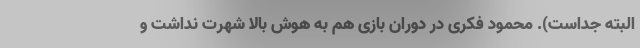
البته جداست). محمود فکری در دوران بازی هم به هوش بالا شهرت نداشت و